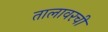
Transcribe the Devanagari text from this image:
तालावरची